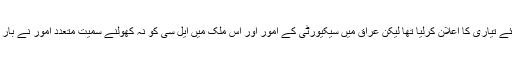
اگرچہ ایران نے ہمیشہ اس معاہدے پر عمل درآمد کیلئے تیاری کا اعلان کرلیا تھا لیکن عراق میں سیکیورٹی کے امور اور اس ملک میں ایل سی کو نہ کھولنے سمیت متعدد امور نے بار بار اس معاہدے کے نفاذ کو تاخیر کا شکار کرلیا تھا۔